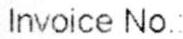
INVOICE NO :